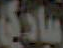
سیادی